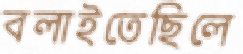
বলাইতেছিলে